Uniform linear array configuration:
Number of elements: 24
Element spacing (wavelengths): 0.25
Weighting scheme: hamming
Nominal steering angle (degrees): -45
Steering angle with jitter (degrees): -45.235
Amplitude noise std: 0.05
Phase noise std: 0.05

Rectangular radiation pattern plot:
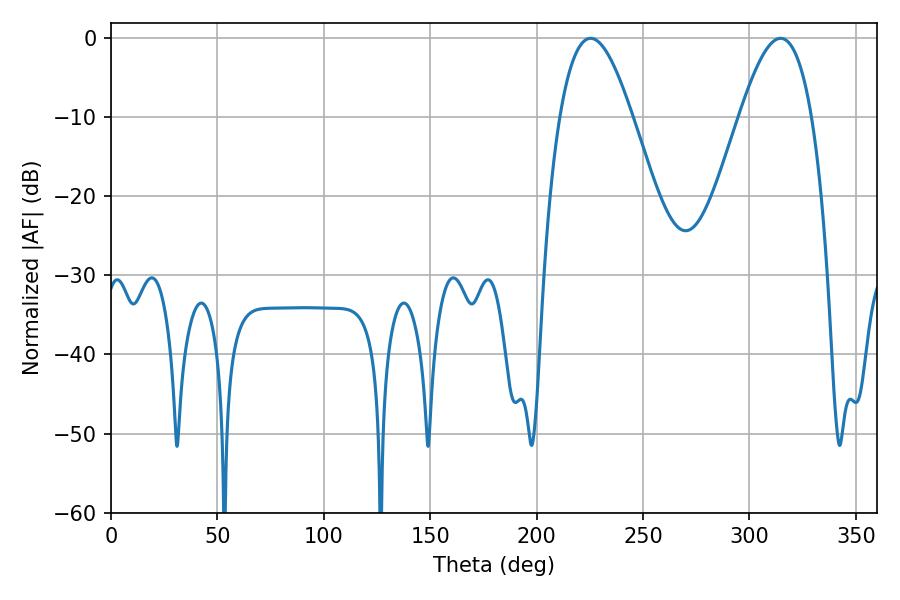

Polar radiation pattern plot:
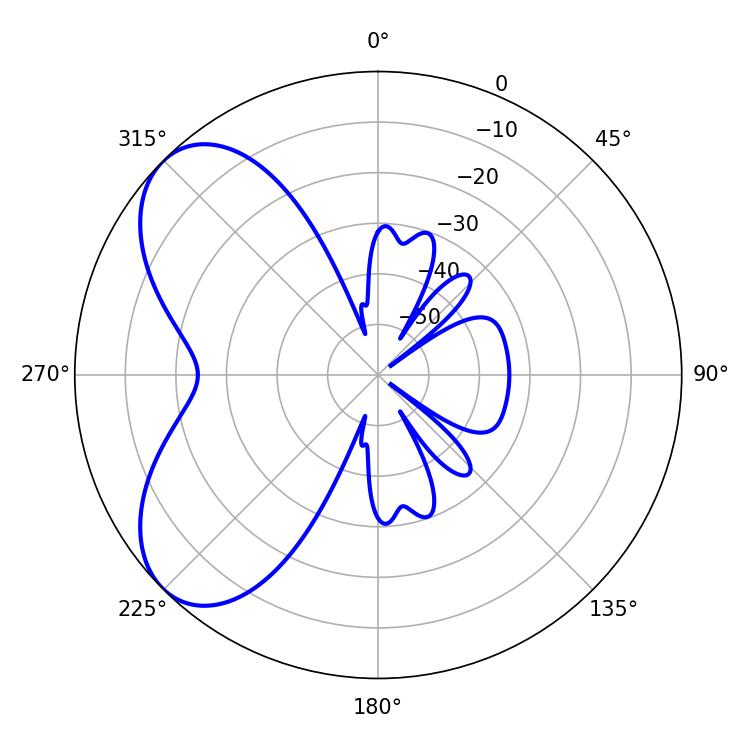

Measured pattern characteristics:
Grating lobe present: FALSE
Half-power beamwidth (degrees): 18.54
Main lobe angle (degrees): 225.36